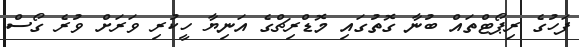
ފަހުގެ ރިޕޯޓްތައް ބުނާ ގޮތުގައި މޮޑްރިޗްގެ އަނިޔާ ހީކުރި ވަރަށް ވުރެ ގޯސް